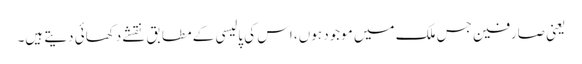
یعنی صارفین جس ملک میں موجود ہوں، اس کی پالیسی کے مطابق نقشے دکھائی دیتے ہیں۔